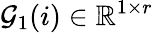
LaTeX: \mathcal{G}_{1}(i)\in\mathbb{R}^{1\times r}